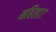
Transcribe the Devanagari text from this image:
महिला७